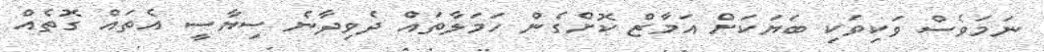
ނަމަވެސް ވަކިވަކި ބަޔަކަށް އަމާޒް ކޮށްގެން ހަމަލާތައް ދެވިދާނެ ސިޔާސީ އެތައް ގޮތެއް